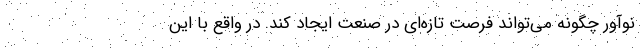
نوآور چگونه می‌تواند فرصت تازه‌ای در صنعت ایجاد کند. در واقع با این